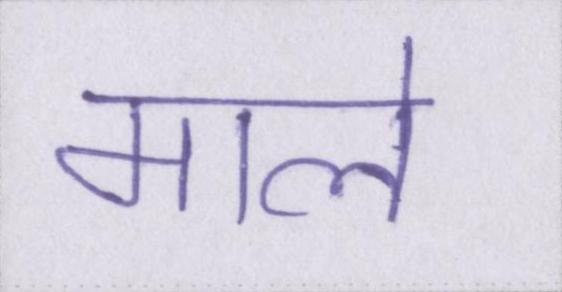
माले